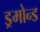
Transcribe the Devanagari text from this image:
ड्रमोन्ड